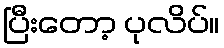
ပြီးတော့ ပုလိပ်။